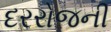
દરરોજની